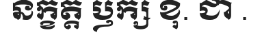
នក្ខត្ត ឫក្ស ខុ. ជា .